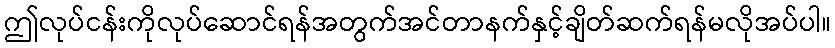
ဤလုပ်ငန်းကိုလုပ်ဆောင်ရန်အတွက်အင်တာနက်နှင့်ချိတ်ဆက်ရန်မလိုအပ်ပါ။